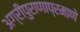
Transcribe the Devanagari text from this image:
अग्रीपुराणाप्रमाणे